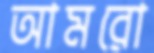
আমরো